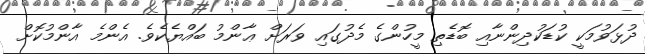
ދުޅަވުމަކީ ކުޑަކުދިންނާއި ބޮޑެތި މީހުންގެ މެދުގައި ވަރަށް ޢާންމު ބައްޔެކެވެ. އެންމެ އާންމުކޮށް